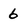
Character: 6